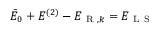
\bar { E } _ { 0 } + E ^ { ( 2 ) } - E _ { \mathrm { ~ R ~ } , k } = E _ { \mathrm { ~ L ~ S ~ } }